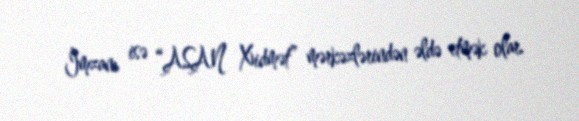
İmzanı isə “ASAN Xidmət” mərkəzlərindən əldə etmək olar.